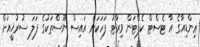
ޢިންޑިއާގެ އާ ޓެސްޓް ކެޕްޓަން ވިރާޓު ފަހަކަށް އައިސް ނޫސްތަކުގެ ފަލަ ސުރުޚީއަށް